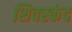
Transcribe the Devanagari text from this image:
शिवस्कंद